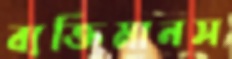
ব্যক্তিমানস